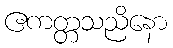
ဧကတ္တသညိနော